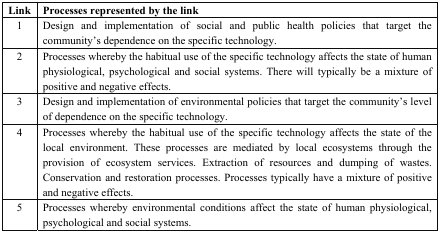
<table><thead><tr><td><b>Link</b></td><td><b>Processes represented by the link</b></td></tr></thead><tbody><tr><td>1</td><td>Design and implementation of social and public health policies that target the community’s dependence on the specific technology.</td></tr><tr><td>2</td><td>Processes whereby the habitual use of the specific technology affects the state of human physiological, psychological and social systems. There will typically be a mixture of positive and negative effects.</td></tr><tr><td>3</td><td>Design and implementation of environmental policies that target the community’s level of dependence on the specific technology.</td></tr><tr><td>4</td><td>Processes whereby the habitual use of the specific technology affects the state of the local environment. These processes are mediated by local ecosystems through the provision of ecosystem services. Extraction of resources and dumping of wastes. Conservation and restoration processes. Processes typically have a mixture of positive and negative effects.</td></tr><tr><td>5</td><td>Processes whereby environmental conditions affect the state of human physiological, psychological and social systems.</td></tr></tbody></table>